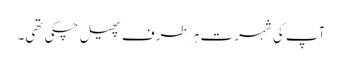
آپ کی شہرت ہر طرف پھیل چکی تھی۔